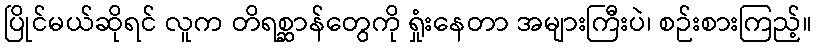
ပြိုင်မယ်ဆိုရင် လူက တိရစ္ဆာန်တွေကို ရှုံးနေတာ အများကြီးပဲ၊ စဉ်းစားကြည့်။